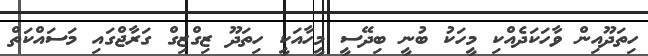
ހިތަދޫއިން ވާހަކަދެއްކި މީހަކު ބުނީ ބިދޭސީ މީހާއަކީ ހިތަދޫ ޒިގްޒިގް ގަރާޖްގައި މަސައްކަތް